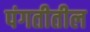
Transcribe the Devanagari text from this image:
पंगतीतील